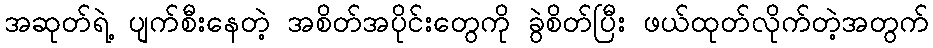
အဆုတ်ရဲ့ ပျက်စီးနေတဲ့ အစိတ်အပိုင်းတွေကို ခွဲစိတ်ပြီး ဖယ်ထုတ်လိုက်တဲ့အတွက်